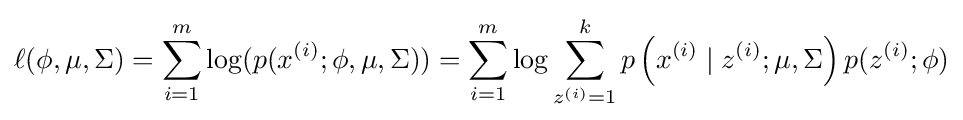
\ell (\phi ,\mu ,\Sigma )=\sum _{i=1}^{m}\log(p(x^{(i)};\phi ,\mu ,\Sigma ))=\sum _{i=1}^{m}\log \sum _{z^{(i)}=1}^{k}p\left(x^{(i)}\mid z^{(i)};\mu ,\Sigma \right)p(z^{(i)};\phi )